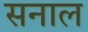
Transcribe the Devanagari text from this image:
सनाल